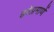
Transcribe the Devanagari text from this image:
हवेप्रमाणें